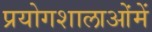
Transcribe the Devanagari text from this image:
प्रयोगशालाओंमें